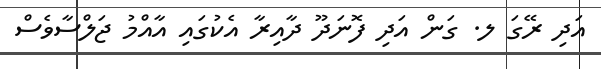
އަދި ރޭގަ ލ. ގަން އަދި ފޮނަދޫ ދާއިރާ އެކުގައި އާއްމު ޖަލްސާވެސް